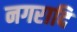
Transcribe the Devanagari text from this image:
नगरादि